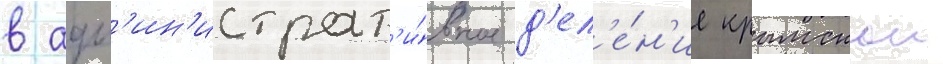
в адм'ин'истрат'и́вное д'ел'е́н'ие крымскои